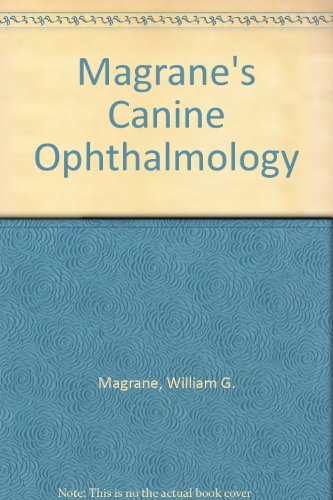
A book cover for Magrane's Canine Ophthalmology; William G. Magrane; Medical Books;